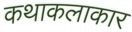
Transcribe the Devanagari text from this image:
कथाकलाकार